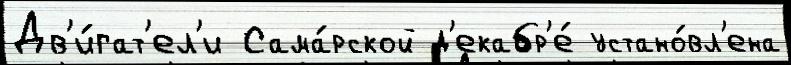
Дв'и́гат'ел'и Сама́рской д'екабр'е́ устано́вл'ена